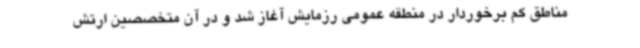
مناطق کم برخوردار در منطقه عمومی رزمایش آغاز شد و در آن متخصصین ارتش